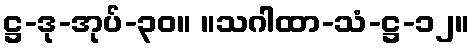
ဋ္ဌ-ဒု-အုပ်-၃၀။ ။သဂါထာ-သံ-ဋ္ဌ-၁၂။